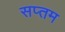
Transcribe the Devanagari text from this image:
सप्‍तम